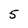
Character: 5